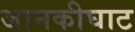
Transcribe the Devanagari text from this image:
जानकीघाट